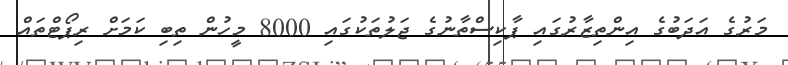
މަރުގެ އަދަބުގެ އިންތިޒާރުގައި ޕާކިސްތާނުގެ ޖަލުތަކުގައި 8000 މީހުން ތިބި ކަމަށް ރިޕޯޓްތައް